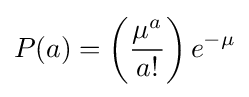
P(a)=\left({\frac {\mu ^{a}}{a!}}\right)e^{-\mu }